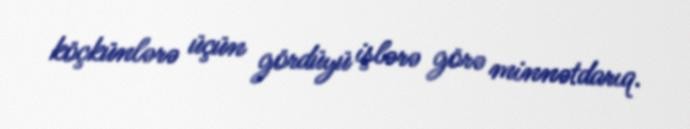
köçkünlərə üçün gördüyü işlərə görə minnətdarıq.